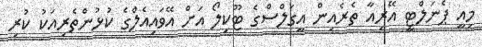
މިއީ ޕެނަލްޓީ އޭރިއާ ތެރެއިން އީގަލްސްގެ ޓޫކިލޯ އަށް އޭވައިއެލްގެ ކުޅުންތެރިއަކު ކުރި